Lunatic asylums in Bengal annual reports 1888-1898 - 1888-1898
Year: 1888
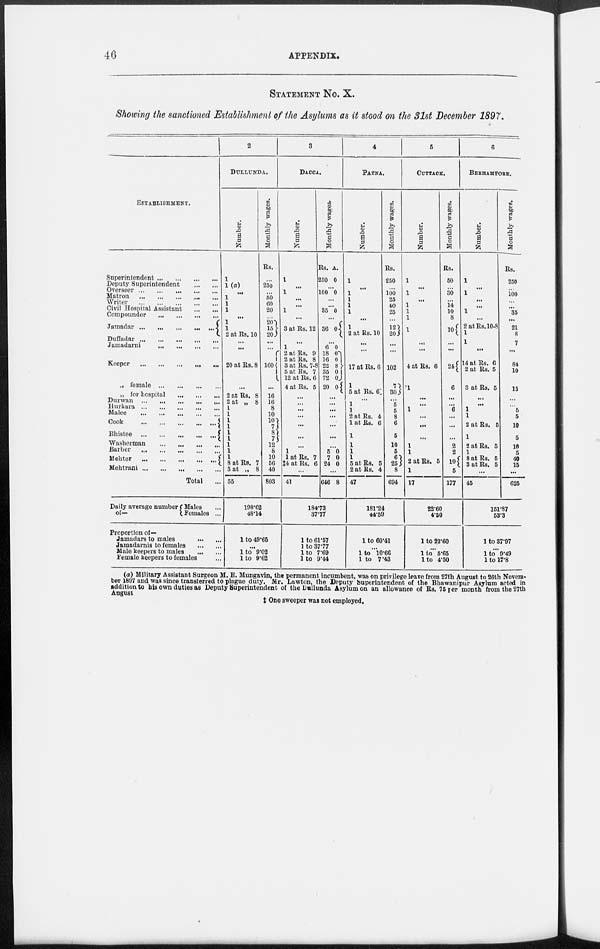
46
APPENDIX.
STATEMENT No. X.
Showing the sanctioned Establishment of the Asylums as it stood on the 31st December 1897.
1
ESTABLISHMENT.
Superintendent
...
...
...
...
Deputy Superintendent
...
...
Overseer
...
...
...
...
...
Matron ... ... ... ... ...
Writer
...
...
...
...
...
Civil Hospital Assistant
...
...
Compounder
...
...
...
...
Jamadar
...
...
...
...
...
Duffadar ... ... ... ... ...
Jamadarni ... ... ... ...
Keeper ... ... ... ... ...
„ female
...
...
...
„ for hospital ... ... ...
Durwan
...
...
...
...
...
Hurkara
...
...
...
...
...
Malee
...
...
...
...
...
Cook
...
...
...
...
...
Bhistee
...
...
...
...
...
Washerman
...
...
...
...
Barber
...
...
...
...
...
Mehter
...
...
...
...
...
Mehtrani
...
...
...
...
...
Total
Daily average number
of—
Males ...
Females ...
Proportion of—
Jamadars to males ... ...
Jamadarnis to females
...
...
Male keepers to males
...
...
Female keepers to females ...
2
DULLUNDA.
Number.
1
1(a)
...
1
1
1
...
1
1
2 at Rs. 10
...
...
20 at Rs. 8
...
2 at Rs. 8
2 at „ 8
1
1
1
1
1
1
1
1
1
8 at Rs. 7
5 at „ 8
55
Monthly wages.
Rs.
...
250
...
50
60
20
...
20
15
20
...
...
160
...
16
16
8
10
10
7
8
7
12
8
10
56
40
803
198.62
48.14
1 to 49.65
...
1 to 9.02
1 to 9.62
3
DACCA.
Number.
1
...
1
...
...
1
...
3 at Rs. 12
...
1
2 at Rs. 9
2 at Rs. 8
8 at Rs. 7-8
5 at Rs. 7
12 at Rs. 6
4 at Rs. 5
...
...
...
...
...
...
...
1
1 at Rs. 7
‡4 at Rs. 6
...
41
Monthly wages.
Rs.
250
A.
0
...
100 0
...
...
35 0
...
36 0
...
6
18
16
22
35
72
20
0
0
0 8
0 0
0
...
...
...
...
...
...
...
5
7
24
0
0
0
...
646 8
184.73
37.77
1 to 61.57
1 to 37.77
1 to 7.69
1 to 9.44
4
PATNA.
Number.
1
...
1
1
1
1
...
1
2 at Rs. 10
...
...
17 at Rs. 6
1
5 at Rs. 6
...
1
1
2 at Rs. 4
1 at Rs. 6
1
1
1
1
5 at Rs. 5
2 at Rs. 4
47
Monthly wages.
Rs.
250
...
100
25
40
25
...
12
2
...
...
102
7
30
...
5
5
8
6
5
10
5
6
25
8
694
181.24
44.59
1 to 60.41
...
1 to 10.66
1 to 7.43
5
CUTTACK.
Number.
1
...
1
...
1
1
1
1
...
...
4 at Rs. 6
1
...
...
1
...
...
...
1
1
2 at Rs. 5
1
17
Monthly wages.
Rs.
50
...
30
...
14
10
8
10
...
...
24
6
...
...
6
...
...
...
2
2
10
5
177
22.60
4.50
1 to 22.60
...
1 to 5.65
1 to 4.50
6
BERHAMPORE.
Number.
1
...
1
...
...
1
...
2 at Rs. 10-8
1
1
...
14 at Rs. 6
2 at Rs. 5
3 at Rs. 5
...
...
1
1
2 at Rs. 5
1
2 at Rs. 5
1
8 at Rs. 5
3 at Rs. 5
...
45
Monthly wages.
Rs.
250
...
100
...
...
35
...
21
8
7
...
84
10
15
...
...
5
5
10
5
10
5
40
15
...
625
151.87
53.3
1 to 37.97
...
1 to 9.49
1 to 17.8
(a) Military Assistant Surgeon M. E. Mungavin, the permanent incumbent, was on privilege leave from 27th August to 26th Novem-
ber 1897 and was since transferred to plague duty. Mr. Lawton, the Deputy Superintendent of the Bhawanipur Asylum acted in
addition to his own duties as Deputy Superintendent of the Dullunda Asylum on an allowance of Rs. 75 per month from the 27th
August
‡ One sweeper was not employed.